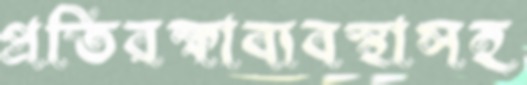
প্রতিরক্ষাব্যবস্থাসহ